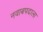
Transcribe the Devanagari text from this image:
नवाबपदाला